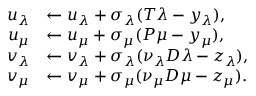
\begin{array} { r l } { u _ { \lambda } } & { \leftarrow u _ { \lambda } + \sigma _ { \lambda } ( T \lambda - y _ { \lambda } ) , } \\ { u _ { \mu } } & { \leftarrow u _ { \mu } + \sigma _ { \mu } ( P \mu - y _ { \mu } ) , } \\ { v _ { \lambda } } & { \leftarrow v _ { \lambda } + \sigma _ { \lambda } ( \nu _ { \lambda } D \lambda - z _ { \lambda } ) , } \\ { v _ { \mu } } & { \leftarrow v _ { \mu } + \sigma _ { \mu } ( \nu _ { \mu } D \mu - z _ { \mu } ) . } \end{array}